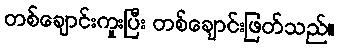
တစ်ချောင်းကူးပြီး တစ်ချောင်းဖြတ်သည်။